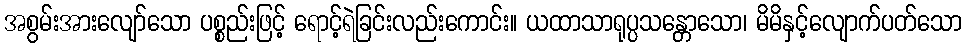
အစွမ်းအားလျော်သော ပစ္စည်းဖြင့် ရောင့်ရဲခြင်းလည်းကောင်း။ ယထာသာရုပ္ပသန္တောသော၊ မိမိနှင့်လျောက်ပတ်သော